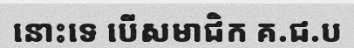
នោះទេ បើសមាជិក គ.ជ.ប